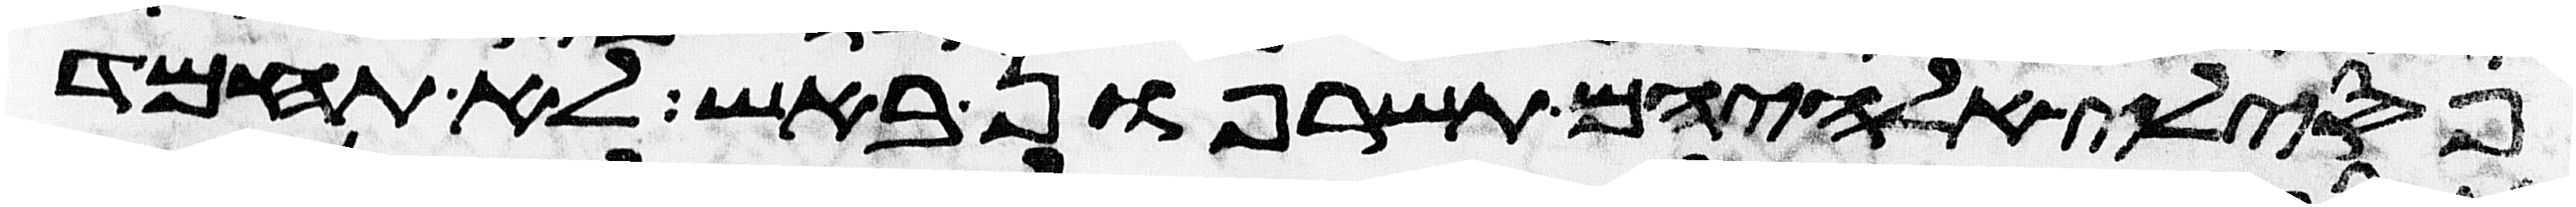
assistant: פסילי אלהיהם תשרפון באש לא תחמד